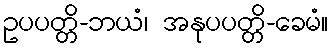
ဥပပတ္တိ-ဘယံ၊ အနုပပတ္တိ-ခေမံ။